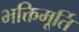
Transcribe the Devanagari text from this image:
भक्तिमूर्ति